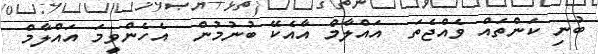
ބުނި ކަންތައް ވެއްޖެތަ  އައްލާމް އާއެކޭ ބުނުމުން  އެހެންވީމަ އައްލާމް